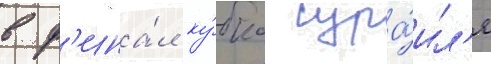
в ф'ина́л ку́бка изра́ил'я